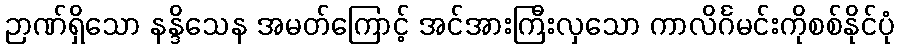
ဉာဏ်ရှိသော နန္ဒိသေန အမတ်ကြောင့် အင်အားကြီးလှသော ကာလိင်္ဂမင်းကိုစစ်နိုင်ပုံ